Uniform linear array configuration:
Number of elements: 24
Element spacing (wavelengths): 0.75
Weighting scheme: cosine
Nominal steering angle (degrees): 0
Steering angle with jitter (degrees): -0.5643
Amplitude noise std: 0.05
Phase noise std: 0.05

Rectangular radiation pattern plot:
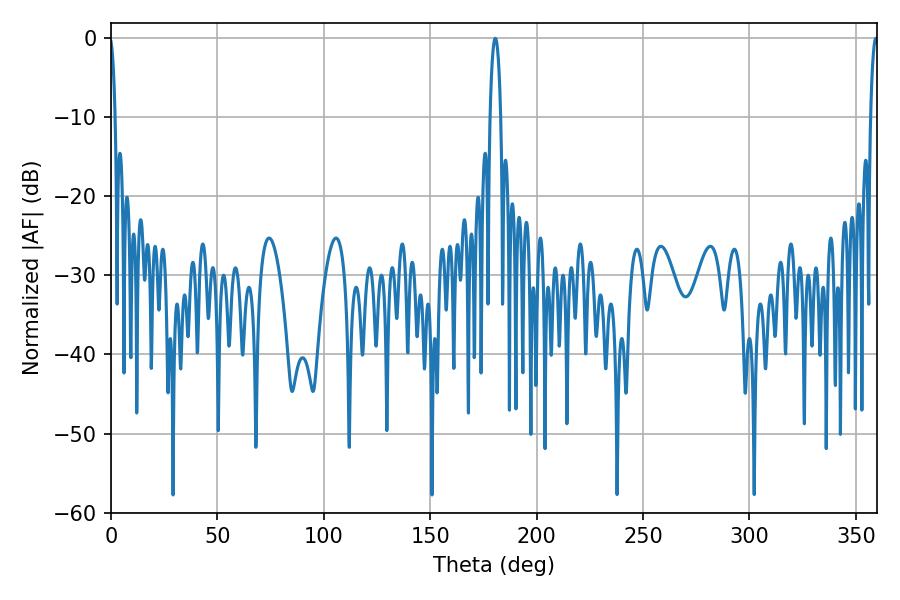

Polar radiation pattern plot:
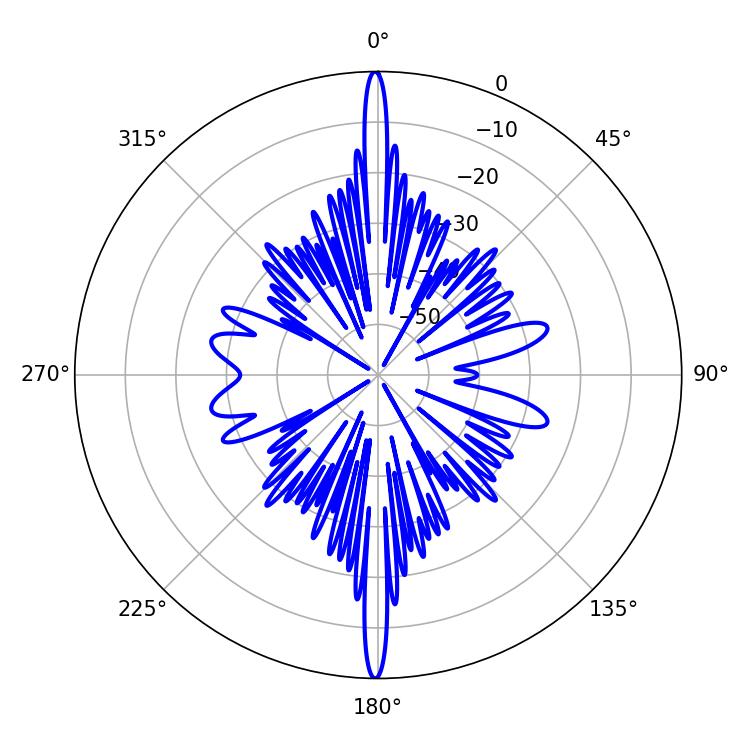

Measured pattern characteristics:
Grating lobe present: TRUE
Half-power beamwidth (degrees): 2.88
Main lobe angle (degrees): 180.54